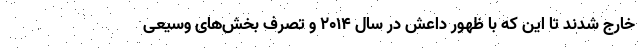
خارج شدند تا این که با ظهور داعش در سال ۲۰۱۴ و تصرف بخش‌های وسیعی